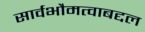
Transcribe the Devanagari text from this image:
सार्वभौमत्वाबद्दल